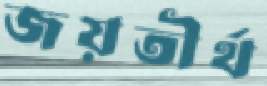
জয়তীর্থ